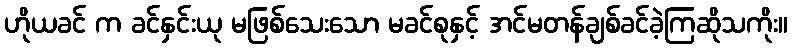
ဟိုယခင် က ခင်နှင်းယု မဖြစ်သေးသော မခင်စုနှင့် အင်မတန်ချစ်ခင်ခဲ့ကြဆိုသကိုး။